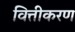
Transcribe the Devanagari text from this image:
वित्तीकरण